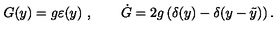
G ( y ) = g \varepsilon ( y ) \ , \qquad \dot { G } = 2 g \left( \delta ( y ) - \delta ( y - \tilde { y } ) \right) .